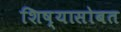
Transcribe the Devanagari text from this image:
शिष्यासोबत